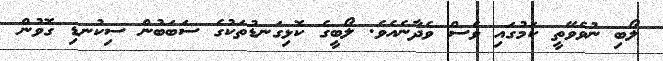
ލޯބި ނުވެވޭތީ ކަމުގައި ވެސް ވެދާނެއެވެ. ލޯބީގެ ކޮޅިގަނޑުތަކުގެ ސަބަބުން ސިކުނޑި ގޮވުން